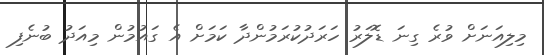
މިލިއަނަށް ވުރެ ގިނަ ޑޮލަރު ހަރަދުކުރަމުންދާ ކަމަށް އެ ގައުމުން މިއަދު ބުނެފި